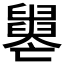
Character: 𦦦